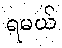
ရမယ်